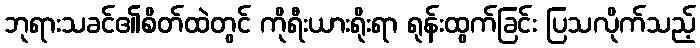
ဘုရားသခင်၏စိတ်ထဲတွင် ကိုရီးယားရိုးရာ ရုန်းထွက်ခြင်း ပြသလိုက်သည့်